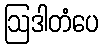
ဩဒါတံပေ